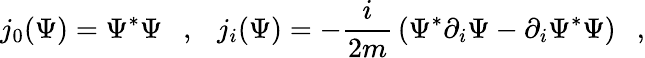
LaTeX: j_{0}(\Psi)=\Psi^{*}\Psi~~~,~~~j_{i}(\Psi)=-{\frac{i}{2m}}\left(\Psi^{*}\partial_{i}\Psi-\partial_{i}\Psi^{*}\Psi\right)~~~,